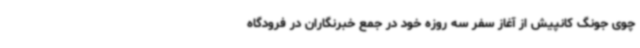
چوی جونگ کانپیش از آغاز سفر سه روزه خود در جمع خبرنگاران در فرودگاه